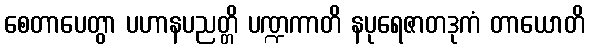
စေတာပေတွာ ပဟာနပညတ္တိ ပဏ္ဍကာတိ နပုရေဇာတဒုကံ တာယောတိ